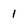
Character: 1